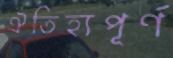
ঐতিহ্যপূর্ণ